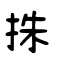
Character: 抺